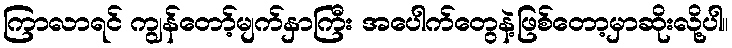
ကြာလာရင် ကျွန်တော့်မျက်နှာကြီး အပေါက်တွေနဲ့ဖြစ်တော့မှာဆိုးလို့ပါ။